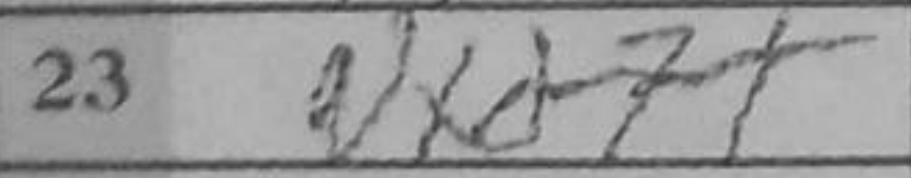
Transcription: Nxd7+